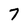
Character: 7